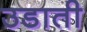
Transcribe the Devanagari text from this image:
उडाती